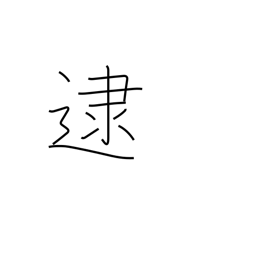
Meaning: apprehend